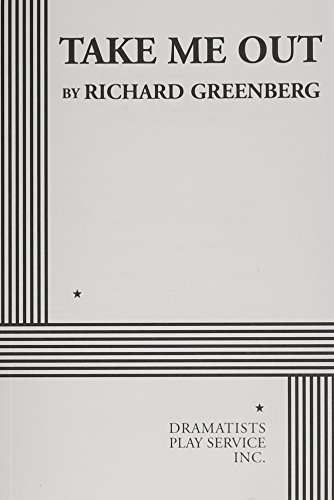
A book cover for Take Me Out - Acting Edition; Richard Greenberg; Gay & Lesbian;